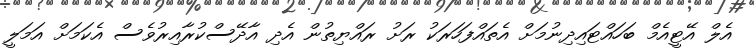
އެލް އޭޓީއެމް ބަހައްޓައިދިނުމަށް އެތައްފަހަރަކު ރަށު ރައްޔިތުން އެދި އާދޭސްކުރާއިރުވެސް އެކަމަށް އަމަލީ